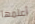
أعلمها